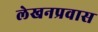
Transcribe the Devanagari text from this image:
लेखनप्रवास